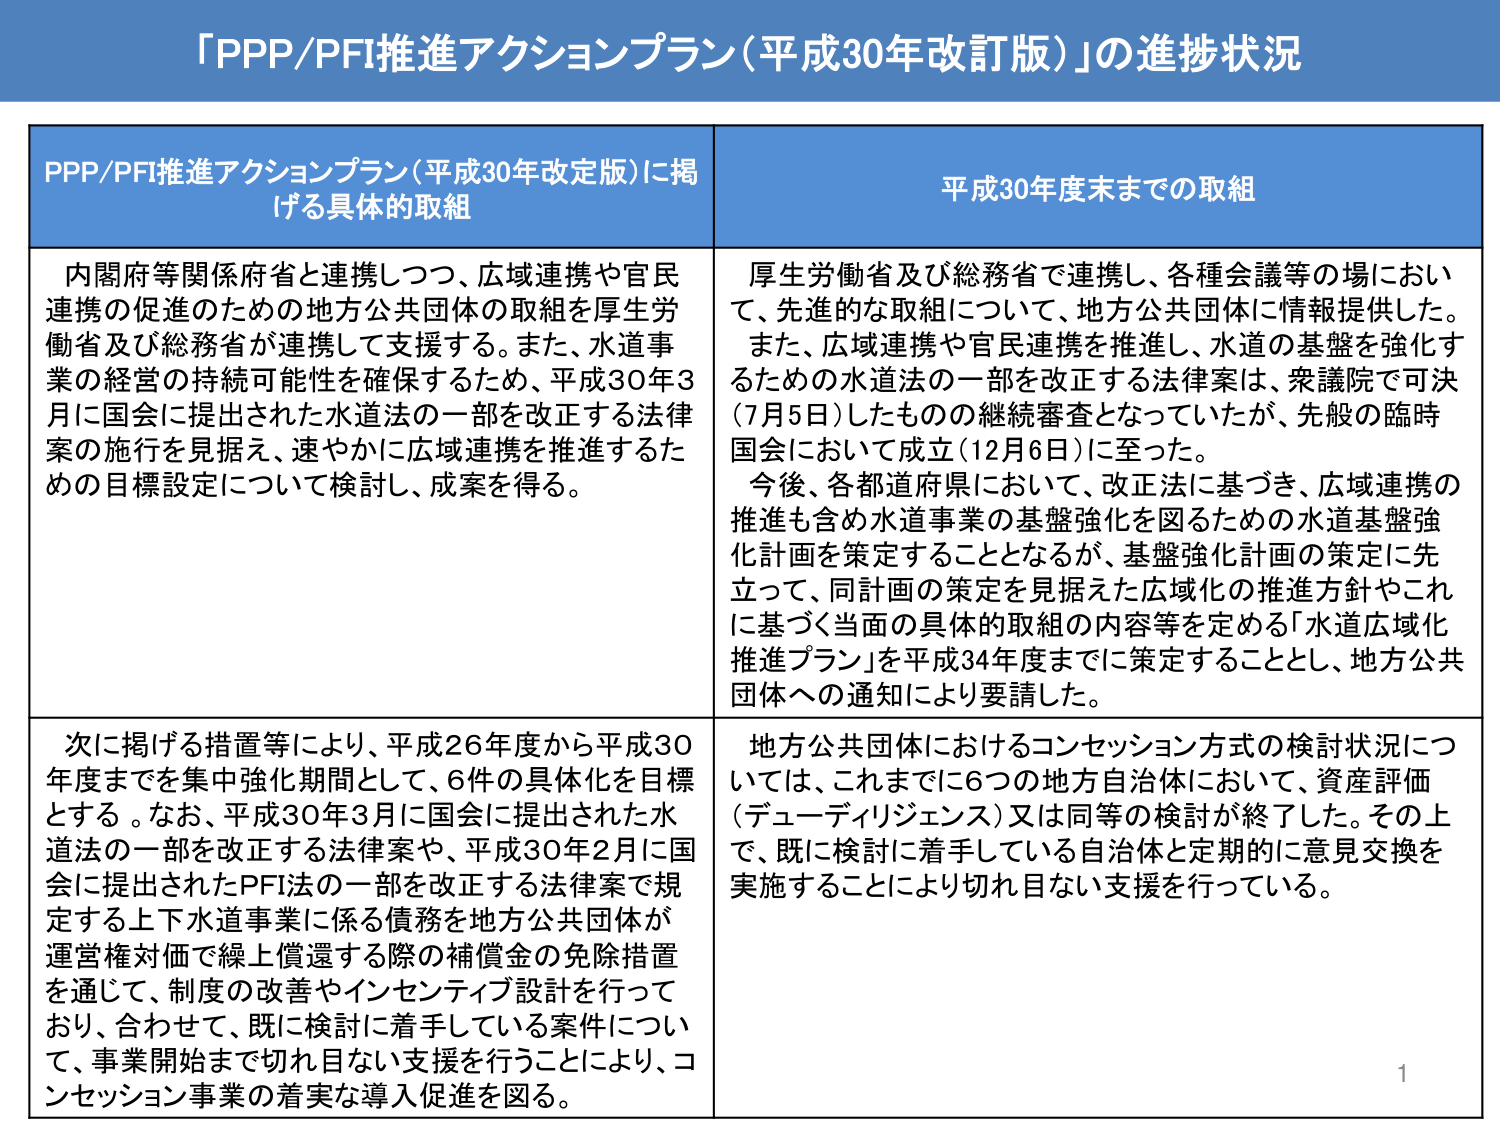
「PPP/PFI推進アクションプラン（平成30年改訂版）」の進捗状況

PPP/PFI推進アクションプラン（平成30年改定版）に掲げる具体的取組

内閣府等関係府省と連携しつつ、広域連携や官民連携の促進のための地方公共団体の取組を厚生労働省及び総務省が連携して支援する。また、水道事業の経営の持続可能性を確保するため、平成30年3月に国会に提出された水道法の一部を改正する法律案の施行を見据え、速やかに広域連携を推進するための目標設定について検討し、成案を得る。

次に掲げる措置等により、平成26年度から平成30年度までを集中強化期間として、6件の具体化を目標とする。なお、平成30年3月に国会に提出された水道法の一部を改正する法律案や、平成30年2月に国会に提出されたPFI法の一部を改正する法律案で規定する上下水道事業に係る債務を地方公共団体が運営権対価で繰上償還する際の補償金の免除措置を通じて、制度の改善やインセンティブ設計を行っており、合わせて、既に検討に着手している案件について、事業開始まで切れ目ない支援を行うことにより、コンセッション事業の着実な導入促進を図る。

平成30年度末までの取組

厚生労働省及び総務省で連携し、各種会議等の場において、先進的な取組について、地方公共団体に情報提供した。また、広域連携や官民連携を推進し、水道の基盤を強化するための水道法の一部を改正する法律案は、衆議院で可決（7月5日）したものの継続審査となっていたが、先般の臨時国会において成立（12月6日）に至った。

今後、各都道府県において、改正法に基づき、広域連携の推進も含め水道事業の基盤強化を図るための水道基盤強化計画を策定することとなるが、基盤強化計画の策定に先立って、同計画の策定を見据えた広域化の推進方針やこれに基づく当面の具体的取組の内容等を定める「水道広域化推進プラン」を平成34年度までに策定することとし、地方公共団体への通知により要請した。

地方公共団体におけるコンセッション方式の検討状況については、これまでに6つの地方自治体において、資産評価（デューディリジェンス）又は同等の検討が終了した。その上で、既に検討に着手している自治体と定期的に意見交換を実施することにより切れ目ない支援を行っている。

1